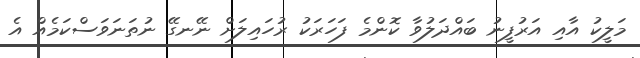
މަލީކު އާއި އަރުފީނު ބައްދަލުވާ ކޮންމެ ފަހަރަކު ރުހައިލަށް ނޭނގޭ ނުތަނަވަސްކަމެއް އެ